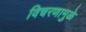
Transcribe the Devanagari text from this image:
विचरणामुळे